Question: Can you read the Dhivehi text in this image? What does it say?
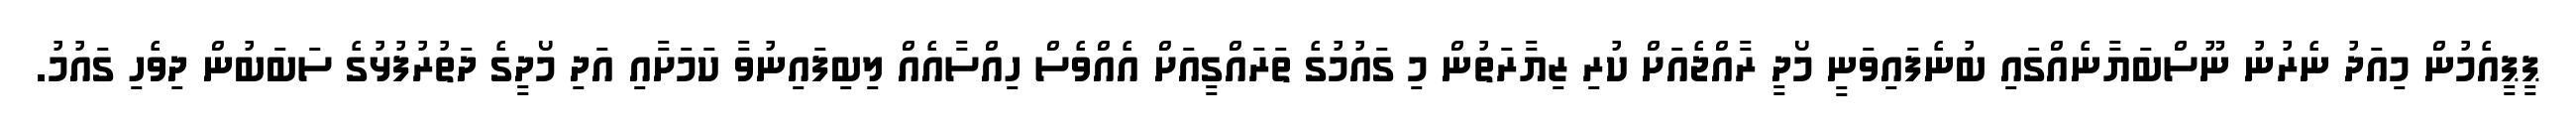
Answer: ޕީޕީއެމުން މިއަދު ނެރުނު ނޫސްބަޔާނެއްގައި ބުނެފައިވަނީ މޯދީ ރާއްޖެއަށް ކުރި ޒިޔާރަތުން މި ގައުމުގެ ތަރައްގީއަށް އެއްވެސް ހިއްސާއެއް ލިބިފައިނުވާ ކަމަށާއި އަދި މޯދީގެ ދަތުރުފުޅުގެ ސަބަބުން ދިވެހި ގައުމު.